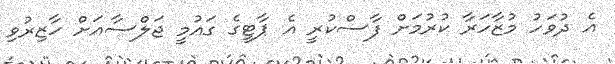
އެ ދުވަހު މުޒާހަރާ ކުރުމަށް ފާސްކުރީ އެ ޕާޓީގެ ގައުމީ ޖަލްސާއަށް ހާޒިރުވި